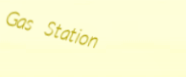
Gas Station